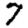
Digit: 7